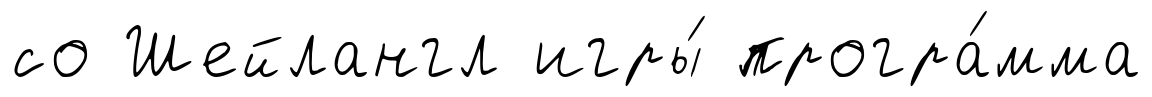
со Шейлангл игры́ програ́мма